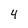
Character: 4